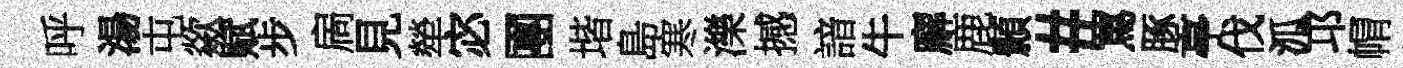
呼湯屯歘赋步扄見犖宓團堦島寒濼撼諳牛廨鹿顥#罵䐁亭伐泒邛㡌